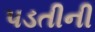
પડતીની